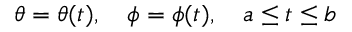
\theta = \theta ( t ) , \quad \phi = \phi ( t ) , \quad a \leq t \leq b